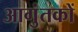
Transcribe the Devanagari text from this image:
आगुंतकों